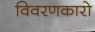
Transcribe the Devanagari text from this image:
विवरणकारो